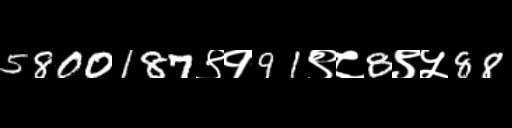
Text: 5800187९१91९८8९५88